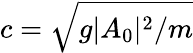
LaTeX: c=\sqrt{g\lvert A_{0}\rvert^{2}/m}